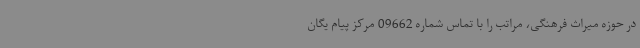
در حوزه میراث فرهنگی، مراتب را با تماس شماره 09662 مرکز پیام یگان